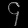
Digit: ၄